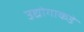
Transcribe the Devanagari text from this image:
उद्योगाकडे